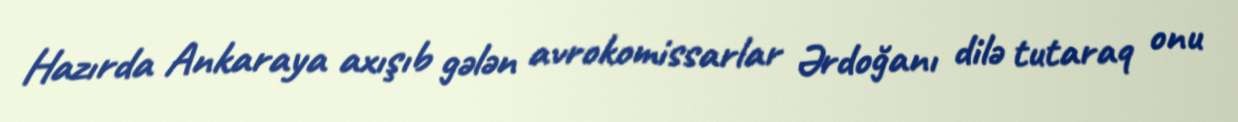
Hazırda Ankaraya axışıb gələn avrokomissarlar Ərdoğanı dilə tutaraq onu